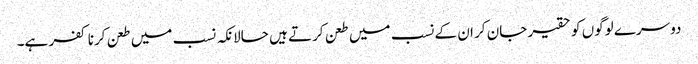
دوسرے لوگوں کو حقیر جان کر ان کے نسب میں طعن کرتے ہیں حالانکہ نسب میں طعن کرنا کفر ہے۔